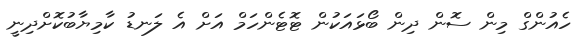
ހެއުންގް މިން ސޮން ދިން ބޯޅައަކުން ޓޮޓެންހަމް އަށް އެ ލަނޑު ކާމިޔާބުކޮށްދިނީ